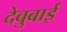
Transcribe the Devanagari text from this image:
देवुबाई